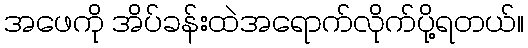
အဖေကို အိပ်ခန်းထဲအရောက်လိုက်ပို့ရတယ်။